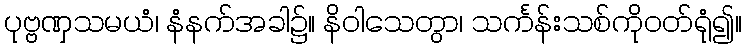
ပုဗ္ဗဏှသမယံ၊ နံနက်အခါ၌။ နိဝါသေတွာ၊ သင်္ကန်းသစ်ကိုဝတ်ရုံ၍။